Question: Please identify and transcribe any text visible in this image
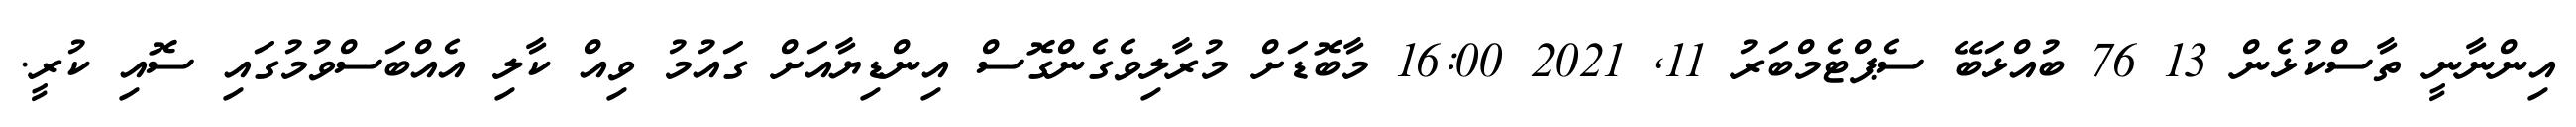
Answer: އިންނާނީ ތާސްކުޅެން 13 76 ބުއްޅަބޭ ސެޕްޓެމްބަރު 11, 2021 16:00 މާބޮޑަށް މުރާލިވެގެންގޮސް އިންޑިޔާއަށް ގައުމު ވިއް ކާލި އެއްބަސްވުމުގައި ސޮއި ކުރީ.